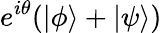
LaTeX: e^{i\theta}(|\phi\rangle+|\psi\rangle)